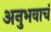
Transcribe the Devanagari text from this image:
अनुभवाचं